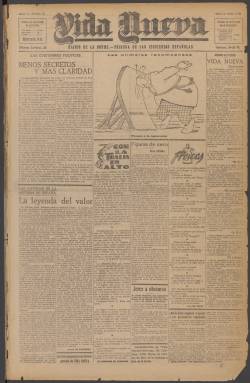
Título: Vida nueva (Madrid. 1921)
Colección: Periódicos
Ámbito geográfico: Madrid
Lugar de publicación: Madrid
Fechas: 02/12/1921-31/10/1922